Heimtali_vallavalitsus, lk 12
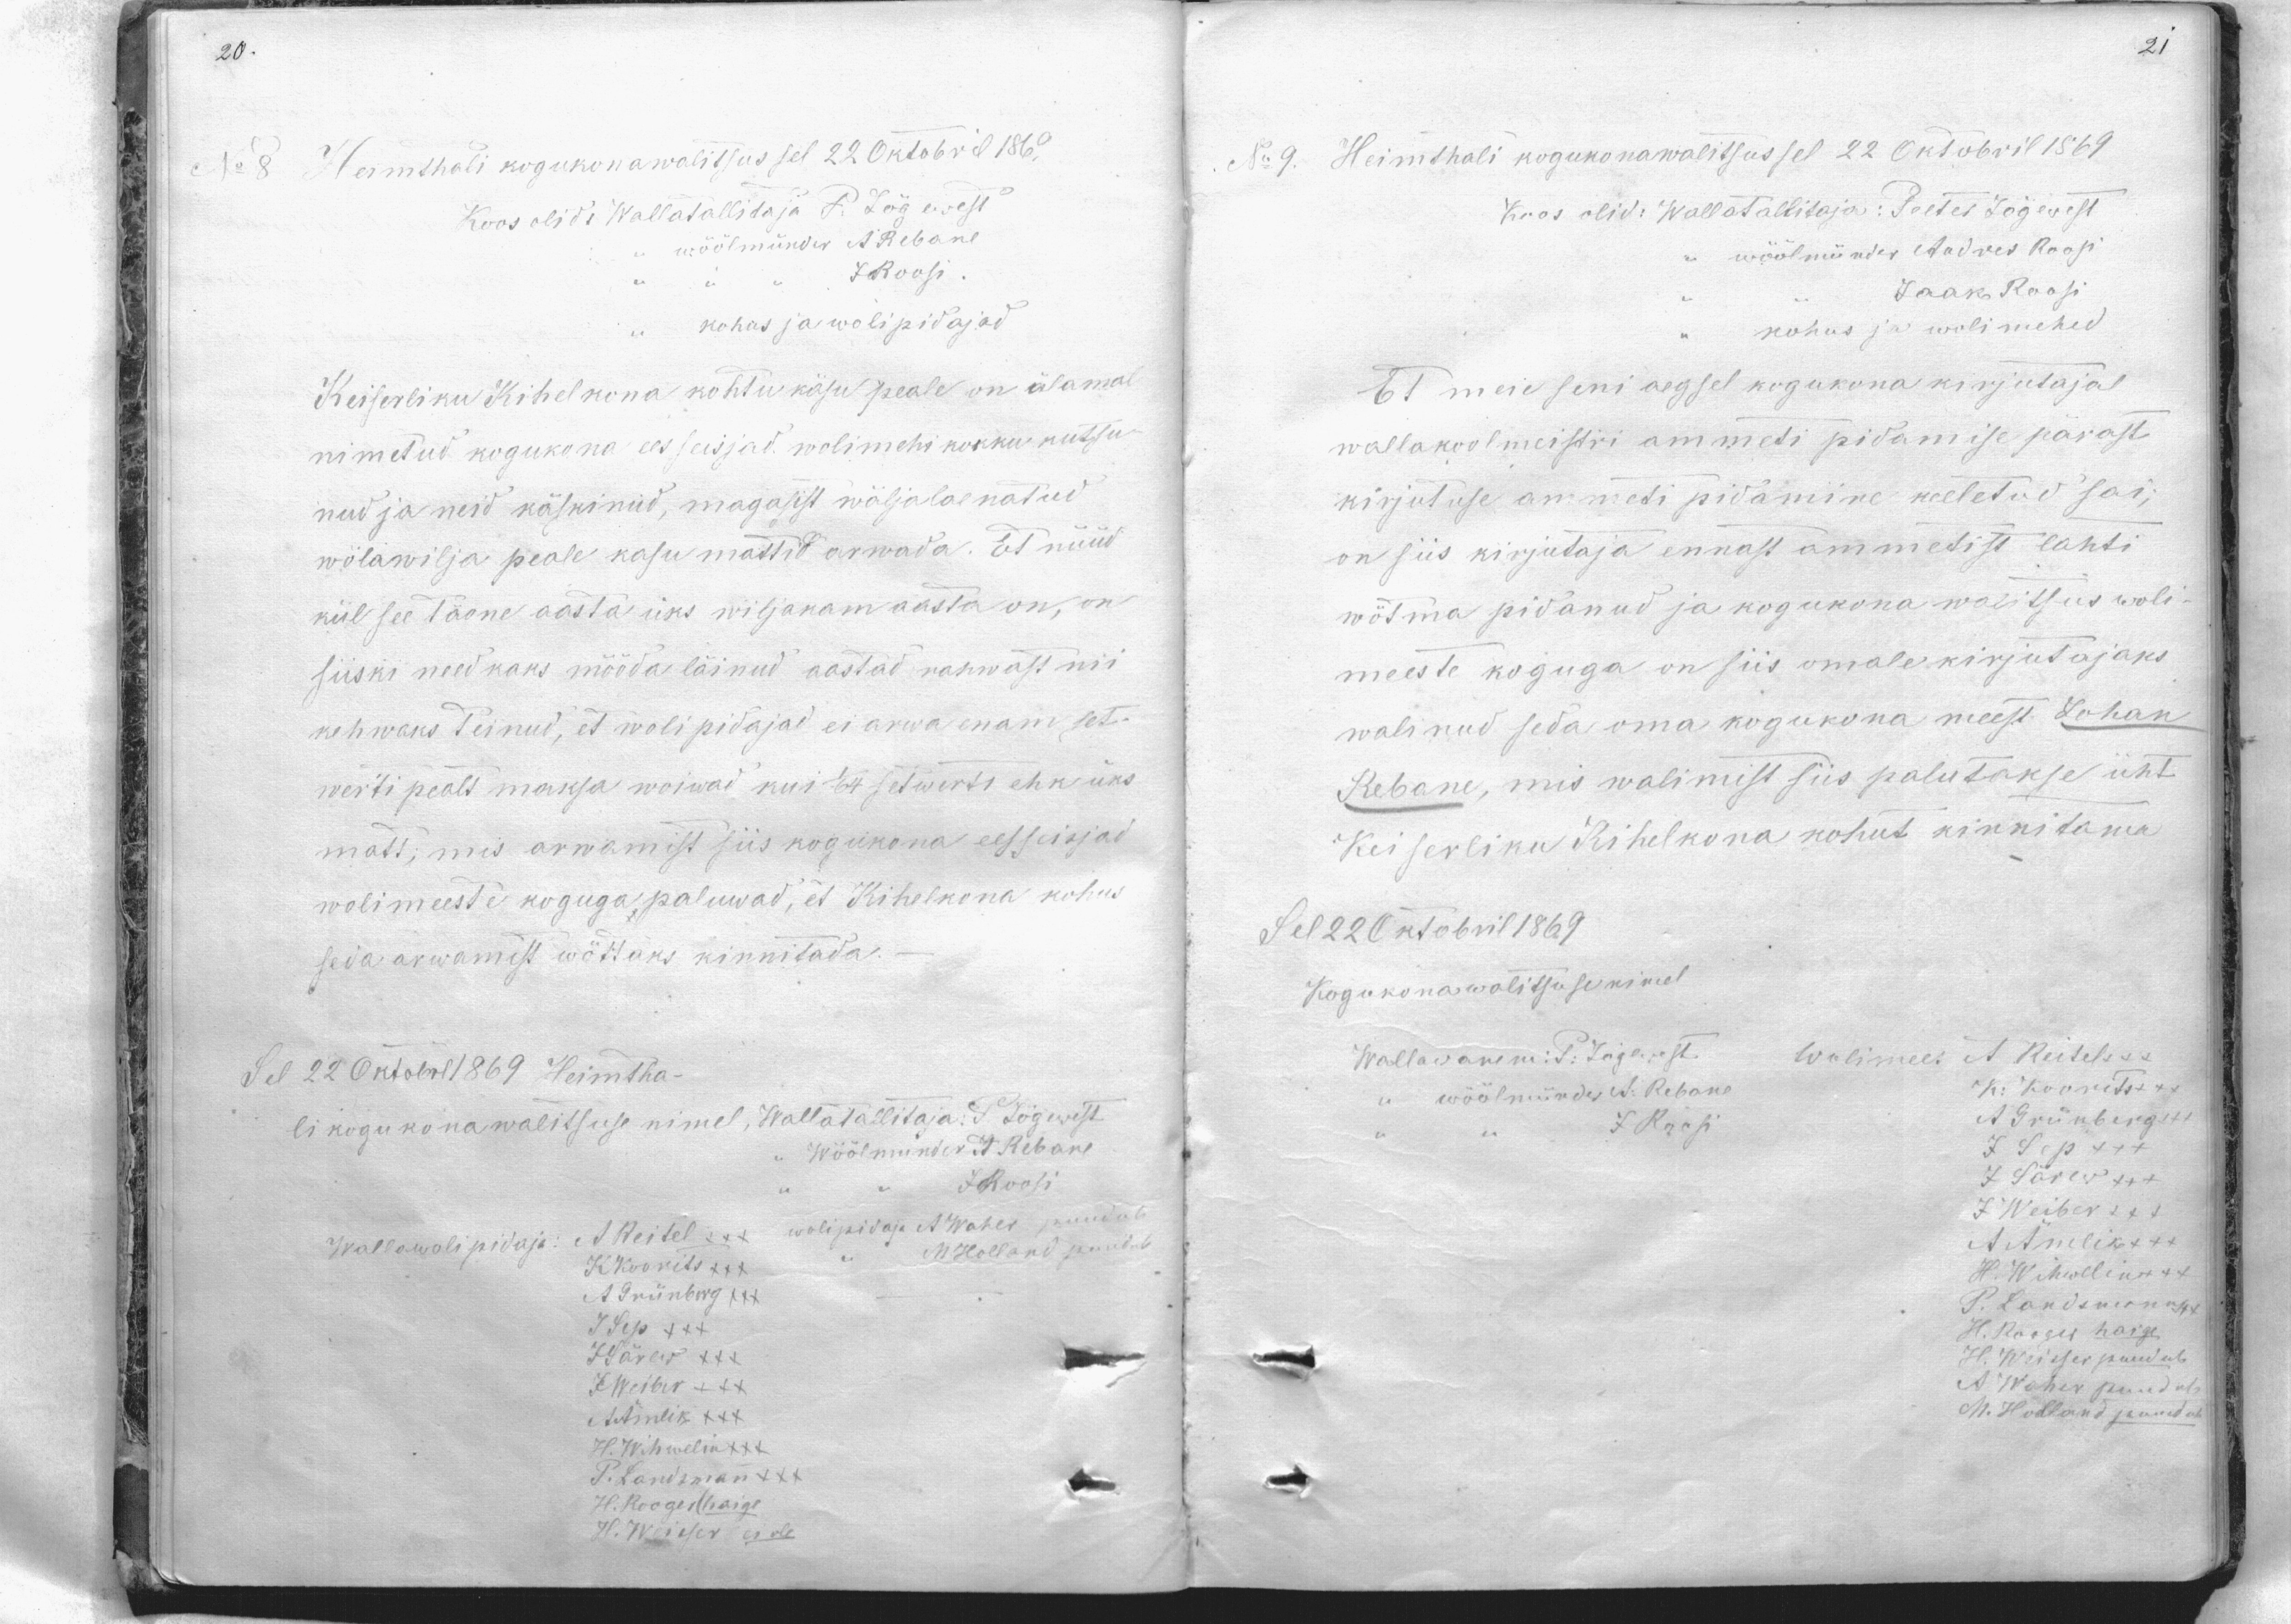
No 8
Heimthali kogukonawalitsus sel 22 Oktobril 1869
Koos olid: Wallatallidaja P. Jõgewest
wöölmünder A. Rebane
J. Roosi
kohus ja wolipidajad
Keiserliku Kihelkona kohtu käsu peale on älamal
nimetud kogukona eesseisjad, wolimehi kokku kutsu
nud ja neid käskinud, magasist wäljalaenatud
wõlawilja peale kasu mattid arwada. Et nüüd
kül see taone aasta üks wiljakam aasta on, on
siiski need kaks mööda läinud aastad rahwast nii
kehwaks teinud, et wolipidajad ei arwa enam set-
werti pealt maksa woiwad kui 1/64 setwerts ehk üks
matt; mis arwamist siis kogukona eesseisjad
wolimeeste koguga paluwad, et Kihelkona kohus
seda arwamist wõttaks kinnitada.
Sel 22 Oktobril 1869 Heimtha-
li kogu korawalitsuse nimel, Wallatallitaja P. Lõgewest
Wöölmünder A. Rebane
J. Roosi
Wallawolipidaja: A. Reitel XXX wolipidaja A Waher puudub
K. Koorits XXX... M. Holland puudub.
A Grünberg XXX
J. Sep XXX
J. Särewe XXX
J. Weiber XXX
A. Äinlik XXX
H. Wihwelin XXX
P. Landsman XXX
H. Rooger (haige
H. Weister ei ole

Heimthali kogukona walitsus sel 22 Oktobril 1869
No 9.
Koos olid: Wallatallitaja: Peeter Jõgewest
wöölmünder Andres Roosi
Jaak Roosi
kohus ja wolimehed
Et meie seni aegsel kogukona kirjutajal
wallakoolmeistri ammeti pidamise pärast
kirjutuse ammeti pidamine keeletud sai;
on siis kirjutaja ennast ammetist lahti
wõtma pidanud ja kogukona walitsus woli-
meeste koguga on siis omale kirjutajaks
walinud seda oma kogukona meest Johan
Rebane, mis walimist siis palutakse üht
Keiserliku Kihelkona kohut kinnitama
Sel 22 oktobril 1869
Kogukona walitsuse nimel
Wallawanem:P. Jõgewest.
Wolimees A. Reitel
wöölmünder A: Rebane
K: Koorits
J Roosi
A Grünberg
J. Sep +++
J. Särew +++
J Weiber XXX
A. Amelik +++
H. Wihwelin +++
P. Landsmann
H. Rooger haige
H. Weisser puudub
A. Waher puudub,
M. Holland puudub